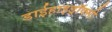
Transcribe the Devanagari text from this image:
डाईहाइड्रॉक्सी